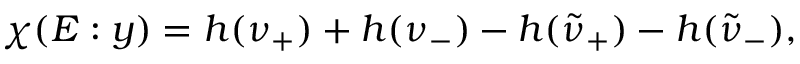
\chi ( E : y ) = h ( \nu _ { + } ) + h ( \nu _ { - } ) - h ( \tilde { \nu } _ { + } ) - h ( \tilde { \nu } _ { - } ) ,